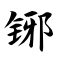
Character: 铘